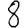
Digit: 8